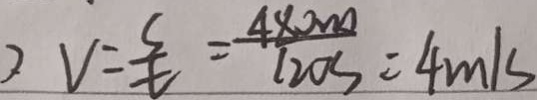
v = \frac { s } { t } = \frac { 4 8 0 0 0 } { 1 2 0 s } = 4 m / s